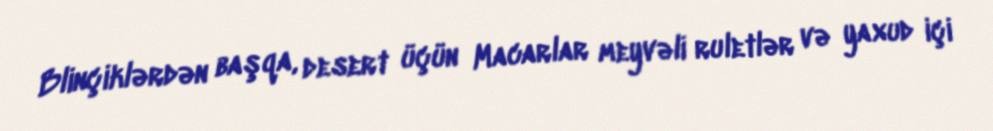
Blinçiklərdən başqa, desert üçün Macarlar meyvəli ruletlər və yaxud içi